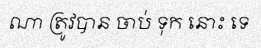
ណា ត្រូវបាន ចាប់ ទុក នោះ ទេ